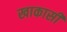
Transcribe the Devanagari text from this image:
खाकासी